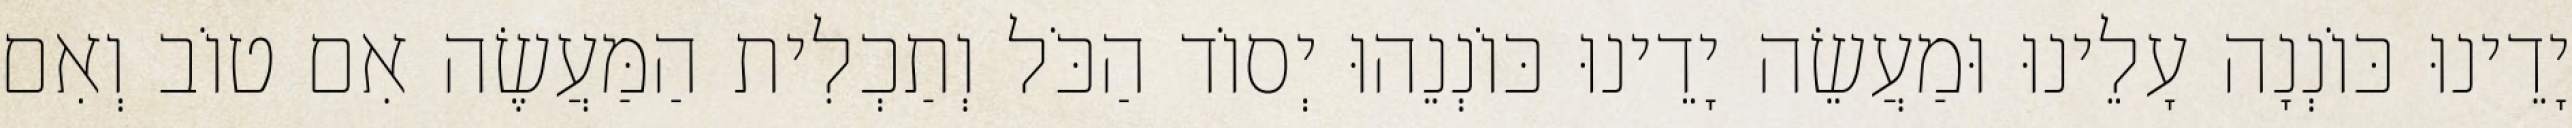
יָדֵינוּ כּוֹנְנָה עָלֵינוּ וּמַעֲשֵׂה יָדֵינוּ כּוֹנְנֵהוּ יְסוֹד הַכֹּל וְתַכְלִית הַמַּעֲשֶׂה אִם טוֹב וְאִם